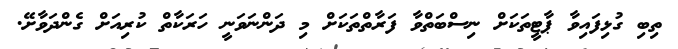
ތިބި ގުޅިފައިވާ ޕާޓީތަކަށް ނިސްބަތްވާ ފަރާތްތަކަށް މި ދަންނަވަނީ ހަރަކާތް ކުރިއަށް ގެންދަވާށޭ.